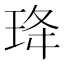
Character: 𭹇